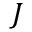
J